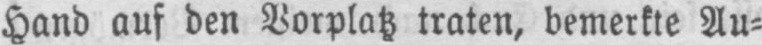
Hand auf den Vorplatz traten, bemerkte Au⸗